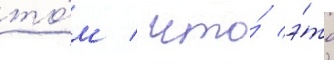
то́м / что́ э́то